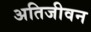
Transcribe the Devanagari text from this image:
अतिजीवन